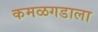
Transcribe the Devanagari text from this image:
कमळगडाला